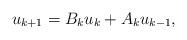
LaTeX: \begin{align*} u_{k+1} = B_k u_k +A_k u_{k-1},\end{align*}